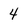
Character: 4